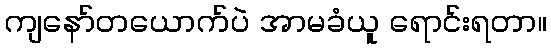
ကျနော်တယောက်ပဲ အာမခံယူ ရောင်းရတာ။